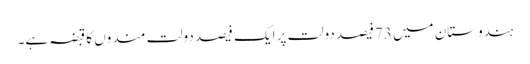
ہندوستان میں 73فیصد دولت پر ایک فیصد دولت مندوں کا قبضہ ہے۔